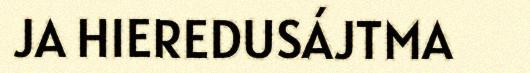
JA HIEREDUSÁJTMA